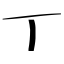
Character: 丁